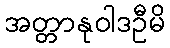
အတ္တာနုဝါဒဦမိ